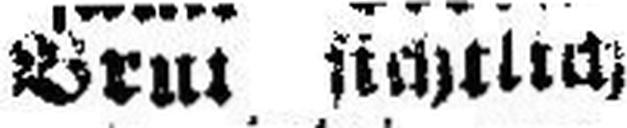
Brut sichtlich